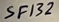
Text: SF132